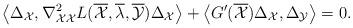
LaTeX: \begin{align*} \left\langle \Delta_{\mathcal{X}}, \nabla_{\mathcal{X}\mathcal{X}}^2L(\overline{\mathcal{X}},\overline{\lambda},\overline{\mathcal{Y}})\Delta_{\mathcal{X}}\right\rangle +\left\langle G'(\overline{\mathcal{X}})\Delta_{\mathcal{X}},\Delta_{\mathcal{Y}}\right\rangle =0. \end{align*}